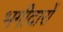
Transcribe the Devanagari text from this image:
भगीदारों